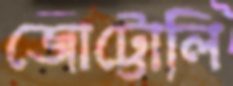
জোট্টোলি